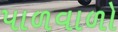
પાળવાળો